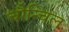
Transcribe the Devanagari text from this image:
चौन्चिल